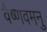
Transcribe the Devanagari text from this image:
वैष्णवमनु